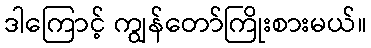
ဒါကြောင့် ကျွန်တော်ကြိုးစားမယ်။